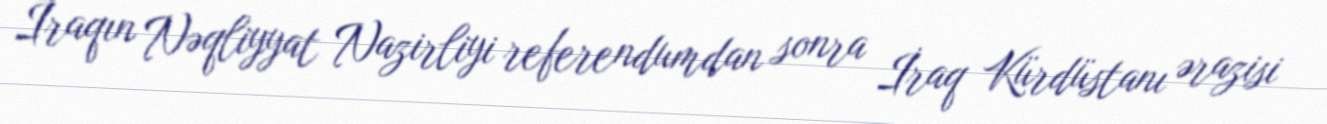
İraqın Nəqliyyat Nazirliyi referendumdan sonra İraq Kürdüstanı ərazisi